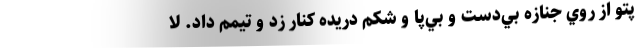
پتو از روي جنازه بي‌دست و بي‌پا و شكم دريده كنار زد و تيمم داد. لا